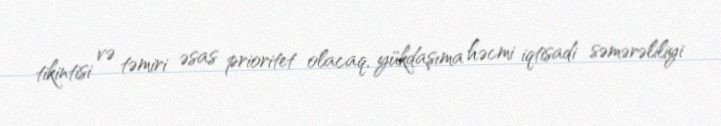
tikintisi və təmiri əsas prioritet olacaq, yükdaşıma həcmi iqtisadi səmərəliliyi